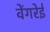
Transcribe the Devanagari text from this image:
वेंगरेई